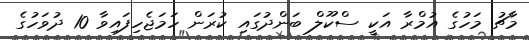
މާޗު މަހުގެ އުމްރާ އަކީ ސްކޫލް ބަންދުގައި ކުރަން ހަމަޖެހިފައިވާ 10 ދުވަހުގެ